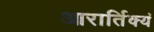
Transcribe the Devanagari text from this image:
आरार्तिक्यं